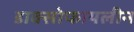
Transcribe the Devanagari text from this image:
डाक्सोफायलीन